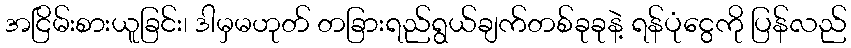
အငြိမ်းစားယူခြင်း၊ ဒါမှမဟုတ် တခြားရည်ရွယ်ချက်တစ်ခုခုနဲ့ ရန်ပုံငွေကို ပြန်လည်